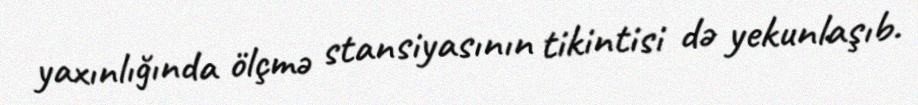
yaxınlığında ölçmə stansiyasının tikintisi də yekunlaşıb.